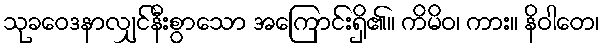
သုခဝေဒနာလျှင်နီးစွာသော အကြောင်းရှိ၏။ ကိမိဝ၊ ကား။ နိဝါတေ၊